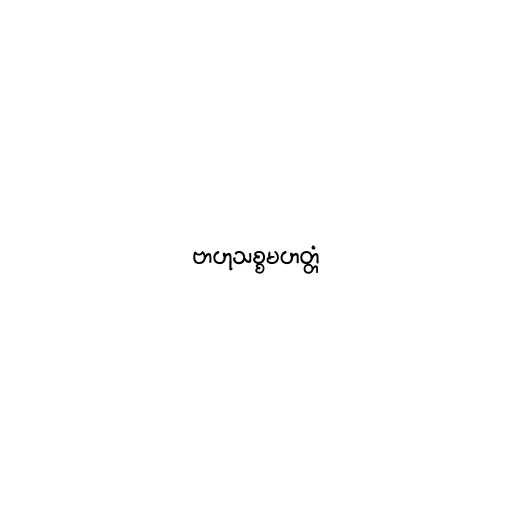
ဗာဟုသစ္စမဟတ္တံ